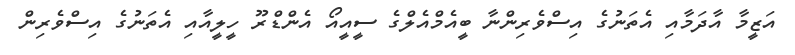
އަޒީމާ އާދަމާއި އެތަނުގެ އިސްވެެރިންނާ ބީއެމްއެލްގެ ސީއީއޯ އެންޑްރޫ ހީލީއާއި އެތަނުގެ އިސްވެެރިން